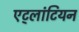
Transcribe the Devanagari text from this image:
एट्लांटियन